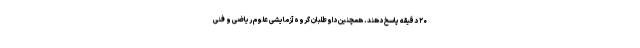
۲۰ دقیقه پاسخ دهند. همچنین داوطلبان گروه آزمایشی علوم ریاضی و فنی